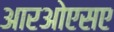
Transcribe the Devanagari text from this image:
आरओएसए